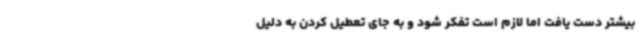
بیشتر دست یافت اما لازم است تفکر شود و به جای تعطیل کردن به دلیل